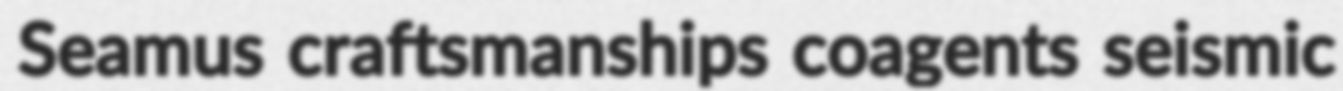
Seamus craftsmanships coagents seismic